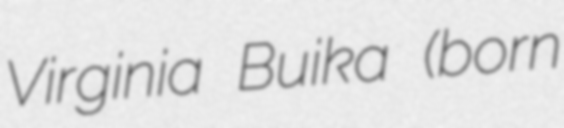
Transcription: Virginia Buika (born